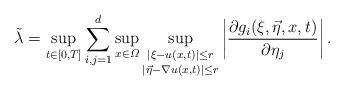
LaTeX: \begin{align*}\tilde\lambda=\sup_{t\in[0,T]}\sum_{i,j=1}^d\sup_{x\in\varOmega}\sup_{\substack{|\xi-u(x,t)|\le r\\*[2pt] |\vec\eta-\nabla u(x,t)|\le r}}\bigg| \frac{\partial g_i(\xi,\vec\eta,x,t)}{\partial\eta_j} \bigg| \, .\end{align*}